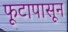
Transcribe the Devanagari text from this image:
फूटापासून